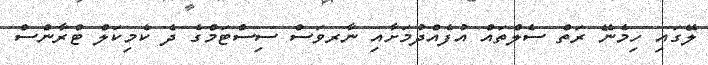
ލޭގައި ހިމެނޭ ރަތް ސެލްތައް އުފެއްދުމަށާއި ނާރވަސް ސިސްޓަމްގެ ދެ ކެމިކަލް ޓްރާންސް